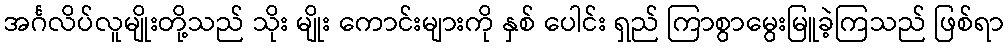
အင်္ဂလိပ်လူမျိုးတို့သည် သိုး မျိုး ကောင်းများကို နှစ် ပေါင်း ရှည် ကြာစွာမွေးမြူခဲ့ကြသည် ဖြစ်ရာ